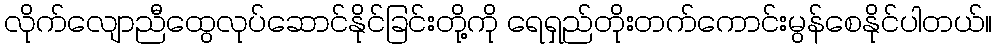
လိုက်လျောညီထွေလုပ်ဆောင်နိုင်ခြင်းတို့ကို ရေရှည်တိုးတက်ကောင်းမွန်စေနိုင်ပါတယ်။